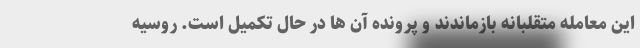
این معامله متقلبانه بازماندند و پرونده آن ها در حال تکمیل است. روسیه